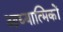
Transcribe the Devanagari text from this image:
आध्यात्मिकों